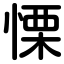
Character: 慄